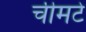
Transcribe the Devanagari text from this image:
चीमटे